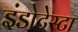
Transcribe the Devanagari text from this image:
इंडोटेस्टा